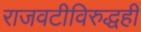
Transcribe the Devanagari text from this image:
राजवटीविरुद्धही